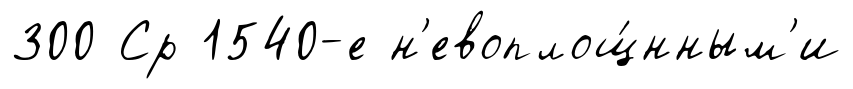
300 Ср 1540-е н'евоплощ́нным'и